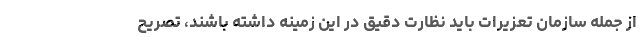
از جمله سازمان تعزیرات باید نظارت دقیق در این زمینه داشته باشند، تصریح